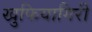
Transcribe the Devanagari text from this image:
खुफियागिरी